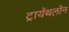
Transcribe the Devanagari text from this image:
ट्रायॅथलॉन